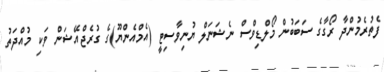
ފެތުރެމުންދާ ރޯގާގެ ސަބަބުން މޯލްޑިވްސް ނެޝަނަލް ޔުނިވާސިޓީ (އެމްއެންޔޫ)ގެ ގުރެޖްއޭޝަން ވަކި މުއްދަތު